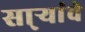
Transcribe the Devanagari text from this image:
सा्र्‍यांचे